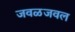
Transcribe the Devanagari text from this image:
जवळजवल